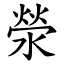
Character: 滎